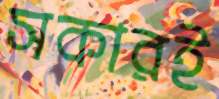
সকারই